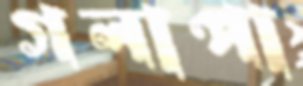
গলাপা